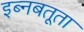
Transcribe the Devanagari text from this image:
इब्‍नबतूता